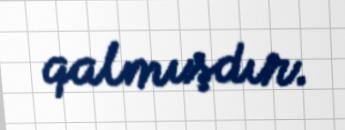
qalmışdır.